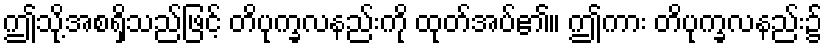
ဤသို့အစရှိသည်ဖြင့် တိပုက္ခလနည်းကို ထုတ်အပ်၏။ ဤကား တိပုက္ခလနည်း၌